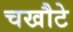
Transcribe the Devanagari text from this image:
चखौटे